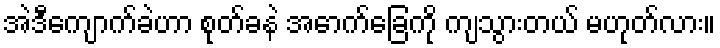
အဲဒီကျောက်ခဲဟာ စုတ်ခနဲ အောက်ခြေကို ကျသွားတယ် မဟုတ်လား။